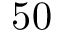
5 0